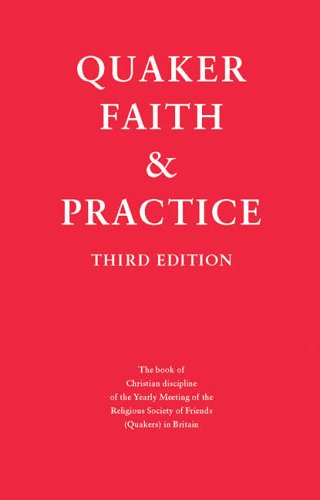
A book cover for Quaker Faith and Practice: The Book of Christian Discipline of the Yearly Meeting of the Religious Society of Friends (Quakers) in Britain; Quakers In Britain; Christian Books & Bibles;